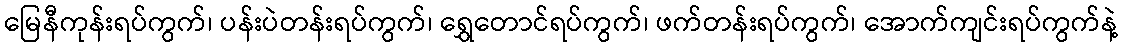
မြေနီကုန်းရပ်ကွက်၊ ပန်းပဲတန်းရပ်ကွက်၊ ရွှေတောင်ရပ်ကွက်၊ ဖက်တန်းရပ်ကွက်၊ အောက်ကျင်းရပ်ကွက်နဲ့